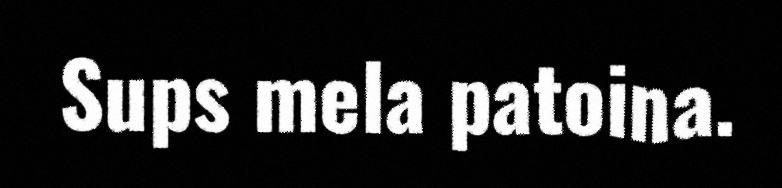
Sups mela patoina.